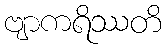
ဗျာကရိဿတိ